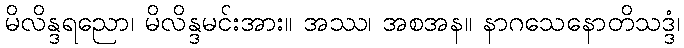
မိလိန္ဒရညော၊ မိလိန္ဒမင်းအား။ အဿ၊ အစအန။ နာဂသေနောတိသဒ္ဒံ၊